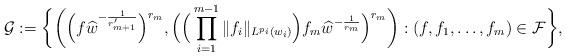
LaTeX: \begin{align*}\mathcal{G}:=\bigg\{\bigg(\Big(f\widehat{w}^{-\frac1{r_{m+1}'}}\Big)^{r_m}, \Big(\Big(\prod_{i=1}^{m-1}\|f_i\|_{L^{p_i}(w_i)}\Big)f_m\widehat{w}^{-\frac1{r_m}}\Big)^{r_m}\bigg):(f,f_1,\dots,f_m)\in\mathcal{F}\bigg\},\end{align*}